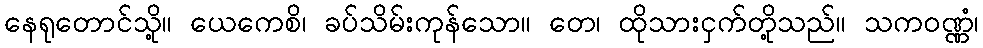
နေရုတောင်သို့။ ယေကေစိ၊ ခပ်သိမ်းကုန်သော။ တေ၊ ထိုသားငှက်တို့သည်။ သကဝဏ္ဏံ၊